system: You are a helpful assistant.
user:
Analyze the provided spectrum to determine if it is a **Carbon Star (C-type)**.

- **Key Visual Indicators of Carbon Star:**
    - **(Primary):** Strong molecular absorption from **C₂ (diatomic carbon) "Swan Bands."** This is the **defining feature** of a carbon star.
        - **(Key Bandheads):** Sharp absorption edges are visible at approximately $5635$ Å, $5165$ Å (the strongest band), and $4737$ Å.
        - **(Line Profile):** Creates a distinct **"saw-tooth"** pattern. The key morphology is a sharp, steep bandhead on the **red (long-wavelength) side**, which then gradually tapers off (i.e., flux recovers) towards the **blue (short-wavelength) side**. *(This is the direct opposite of the TiO bands seen in M-type stars)*.

    - **(Secondary):** Intense **CN (cyanogen)** molecular absorption bands.
        - **(Key Bandheads):** Located in the blue and violet regions of the spectrum (e.g., near $4215$ Å and $3883$ Å).
        - **(Morphology):** These bands are extremely broad and act as a "blanket," absorbing the vast majority of blue and violet light. This creates a characteristic **"cliff"** or **"steep drop-off"** in the spectrum's flux at short wavelengths.

    - **(Key Confirmation):** Strong **CH absorption band (G-band)**.
        - **(Key Bandhead):** Located around $4300$ Å. The contribution from CH molecules to this band is exceptionally strong.

    - **(Overall Spectrum):**
        - The continuum is severely "chopped up" by these deep molecular bands, especially C₂, rather than appearing as a smooth curve.
        - Due to the heavy CN and C₂ absorption in the blue-green, the vast majority of the star's flux is concentrated in the red part of the spectrum, giving the star its characteristic deep red color.

Think first, call **spectral_visualization_tool** if needed to examine features in detail, then provide your final answer. Your response must adhere to the following strict rules:
1.  **Overall Structure:** Your response must follow the format `<think>...</think> <tool_call>...</tool_call> (if a tool is used) <answer>...</answer>`.
2.  **Tool Usage Constraint:** You may only make **one** tool call per turn.
3.  **Final Answer Format:** In the `<answer>` tag, your conclusion must be inside a `\boxed{}` command (e.g., `\boxed{YES}`), followed by your justification.

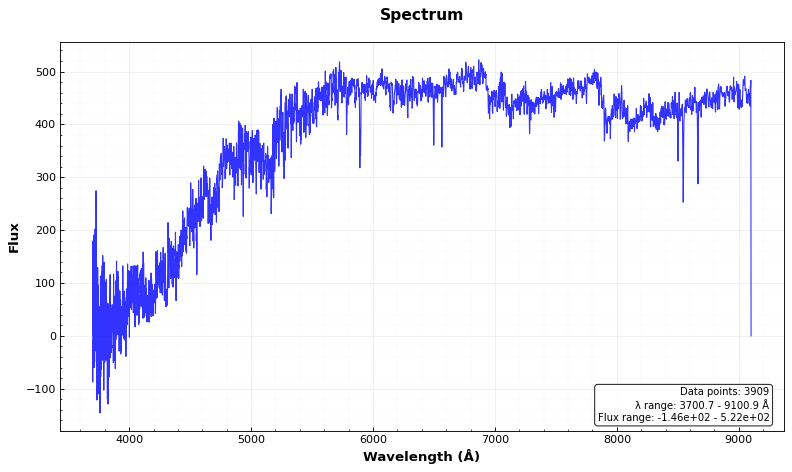
Answer: YES